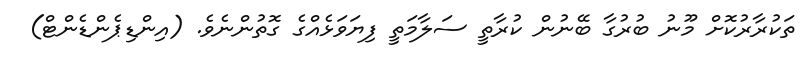
ތަކުރާރުކޮށް މޫނު ބުރުގާ ބޭނުން ކުރާތީ ސަލާމަތީ ފިޔަވަޅެއްގެ ގޮތުންނެވެ. (އިންޑިޕެންޑެންޓް)